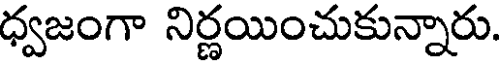
ధ్వజంగా నిర్ణయించుకున్నారు.